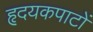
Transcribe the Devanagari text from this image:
हृदयकपाटों